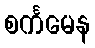
စင်္ကမေန